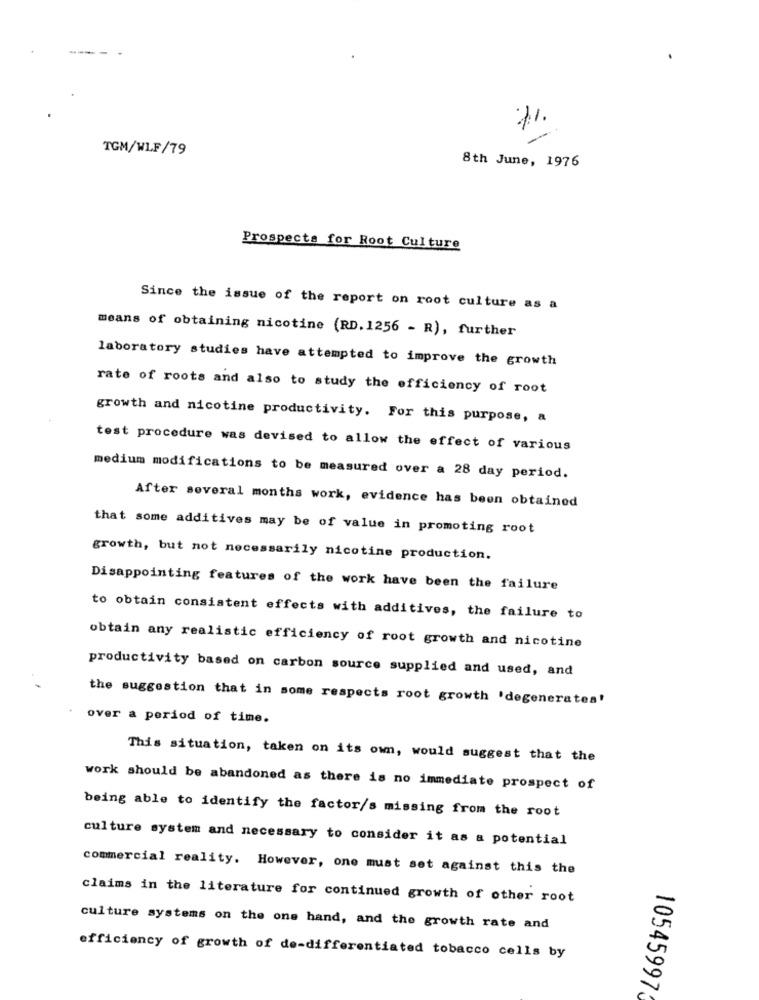
TGM/WLF/79
8th June, 1976
Prospects for Root Culture
Since the issue of the report on root culture as a
means of obtaining nicotine (RD. 1256 - R), further
laboratory studies have attempted to improve the growth
rate of roots and also to study the efficiency of root
growth and nicotine productivity. For this purpose, a
test procedure was devised to allow the effect of various
medium modifications to be measured over a 28 day period.
After several months work, evidence has been obtained
that some additives may be of value in promoting root
growth, but not necessarily nicotine production.
Disappointing features of the work have been the failure
to obtain consistent effects with additives, the failure to
obtain any realistic efficiency of root growth and nicotine
productivity based on carbon source supplied and used, and
the suggestion that in some respects root growth 'degenerates'
over a period of time.
This situation, taken on its own, would suggest that the
work should be abandoned as there is no immediate prospect of
being able to identify the factor/s missing from the root
culture system and necessary to consider it as a potential
commercial reality. However, one must set against this the
claims in the literature for continued growth of other root
culture systems on the one hand, and the growth rate and
efficiency of growth of de-differentiated tobacco cells by
10545997